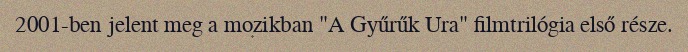
2001-ben jelent meg a mozikban "A Gyűrűk Ura" filmtrilógia első része.